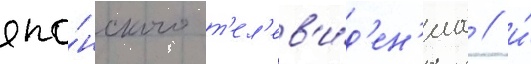
япо́нского т'ел'ев'и́д'ен'иа / и́